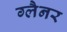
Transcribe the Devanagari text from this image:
ग्लैनर